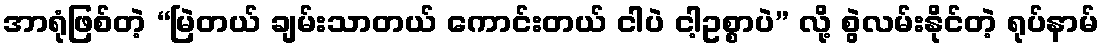
အာရုံဖြစ်တဲ့ “မြဲတယ် ချမ်းသာတယ် ကောင်းတယ် ငါပဲ ငါ့ဥစ္စာပဲ” လို့ စွဲလမ်းနိုင်တဲ့ ရုပ်နာမ်